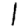
Digit: 1